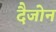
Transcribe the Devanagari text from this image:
दैजोन